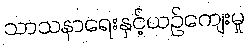
သာသနာရေးနှင့်ယဉ်ကျေးမှု